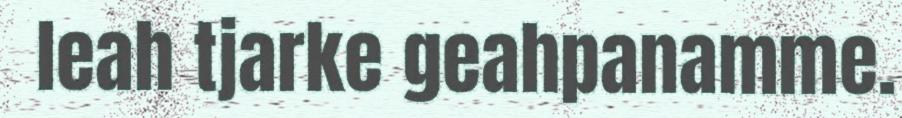
leah tjarke geahpanamme.